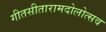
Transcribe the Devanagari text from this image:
गीतसीतारामदोलोत्सव